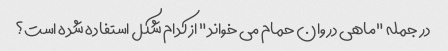
در جمله "ماهی در وان حمام می خواند" از کدام شکل استفاده شده است؟